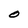
Character: O